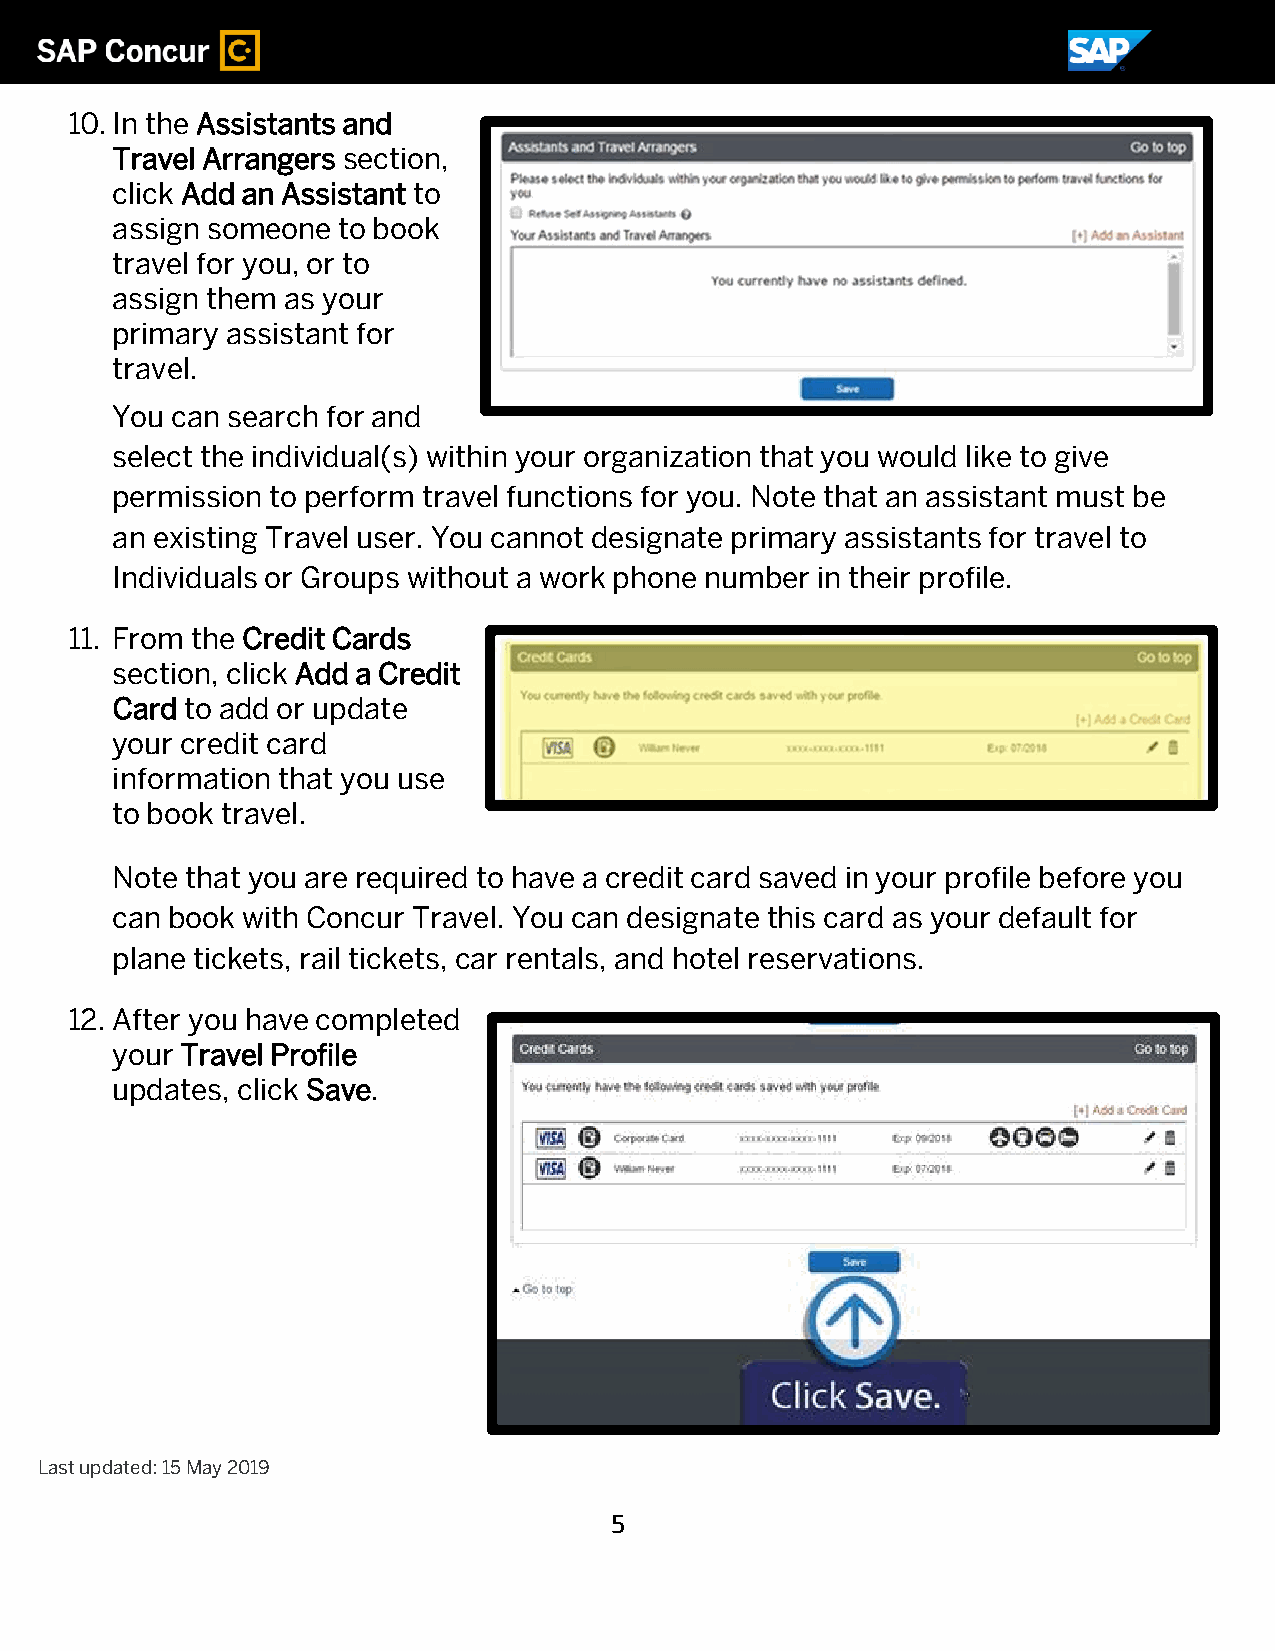
10. In the Assistants and
 Travel Arrangers section,
 click Add an Assistant to
 assign someone to book
 travel for you, or to
 assign them as your
 primary assistant for
 travel.
 You can search for and
 select the individual(s) within your organization that you would like to give
 permission to perform travel functions for you. Note that an assistant must be
 an existing Travel user. You cannot designate primary assistants for travel to
 Individuals or Groups without a work phone number in their profile.
 11. From the Credit Cards
 section, click Add a Credit
 Card to add or update
 your credit card
 information that you use
 to book travel.
 Note that you are required to have a credit card saved in your profile before you
 can book with Concur Travel. You can designate this card as your default for
 plane tickets, rail tickets, car rentals, and hotel reservations.
 12. After you have completed
 your Travel Profile
 updates, click Save.
 Last updated: 15 May 2019
 5